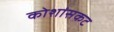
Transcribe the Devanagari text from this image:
कोशांसकट